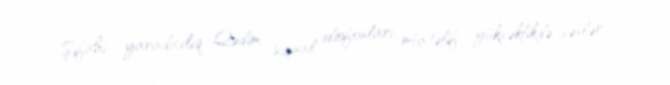
Şifahi yaradıcılıq Qədim siqnal idiofonları: müxtəlif yüksəklikdə səslər